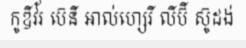
កូឌីវ័រ ប៊េនី អាល់ហ្សេរី លីប៊ី ស៊ូដង់